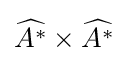
{\widehat {A^{*}}}\times {\widehat {A^{*}}}